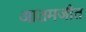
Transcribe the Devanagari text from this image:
आतमजीत